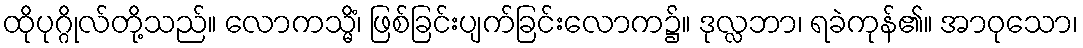
ထိုပုဂ္ဂိုလ်တို့သည်။ လောကသ္မိံ၊ ဖြစ်ခြင်းပျက်ခြင်းလောက၌။ ဒုလ္လဘာ၊ ရခဲကုန်၏။ အာဝုသော၊